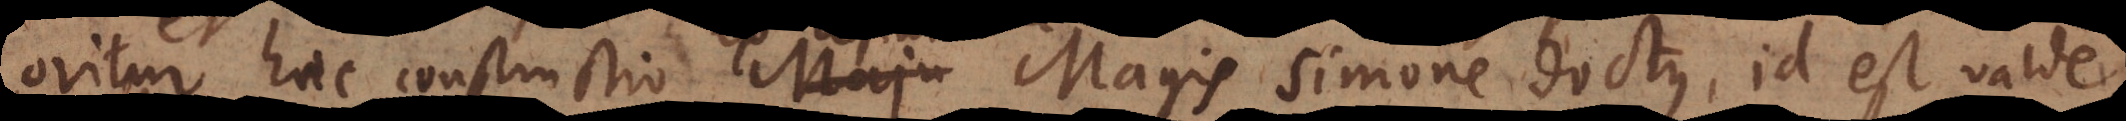
oritur haec constructio Maju Magis Simone doctus, id est valde